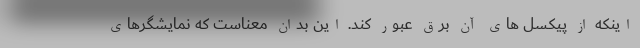
اینکه از پیکسل های آن برق عبور کند. این بدان معناست که نمایشگرهای